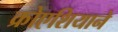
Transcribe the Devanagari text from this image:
क्रोएशियाने